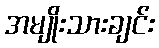
အမျိုးသားချင်း